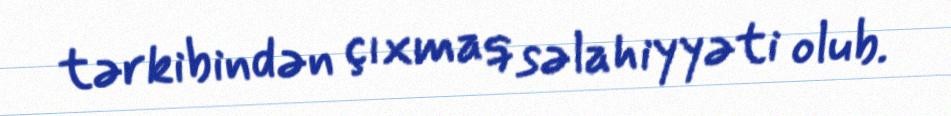
tərkibindən çıxmaq səlahiyyəti olub.